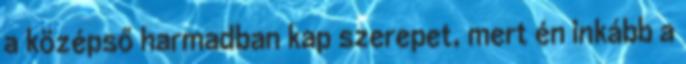
a középső harmadban kap szerepet, mert én inkább a